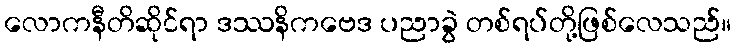
လောကနီတိဆိုင်ရာ ဒဿနိကဗေဒ ပညာခွဲ တစ်ရပ်တို့ဖြစ်လေသည်။